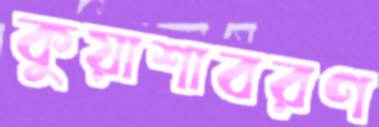
কুয়াশাবরণ